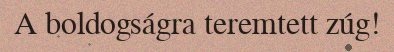
A boldogságra teremtett zúg!